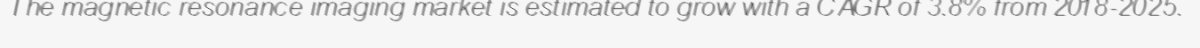
The magnetic resonance imaging market is estimated to grow with a CAGR of 3.8% from 2018-2025.